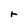
Character: r